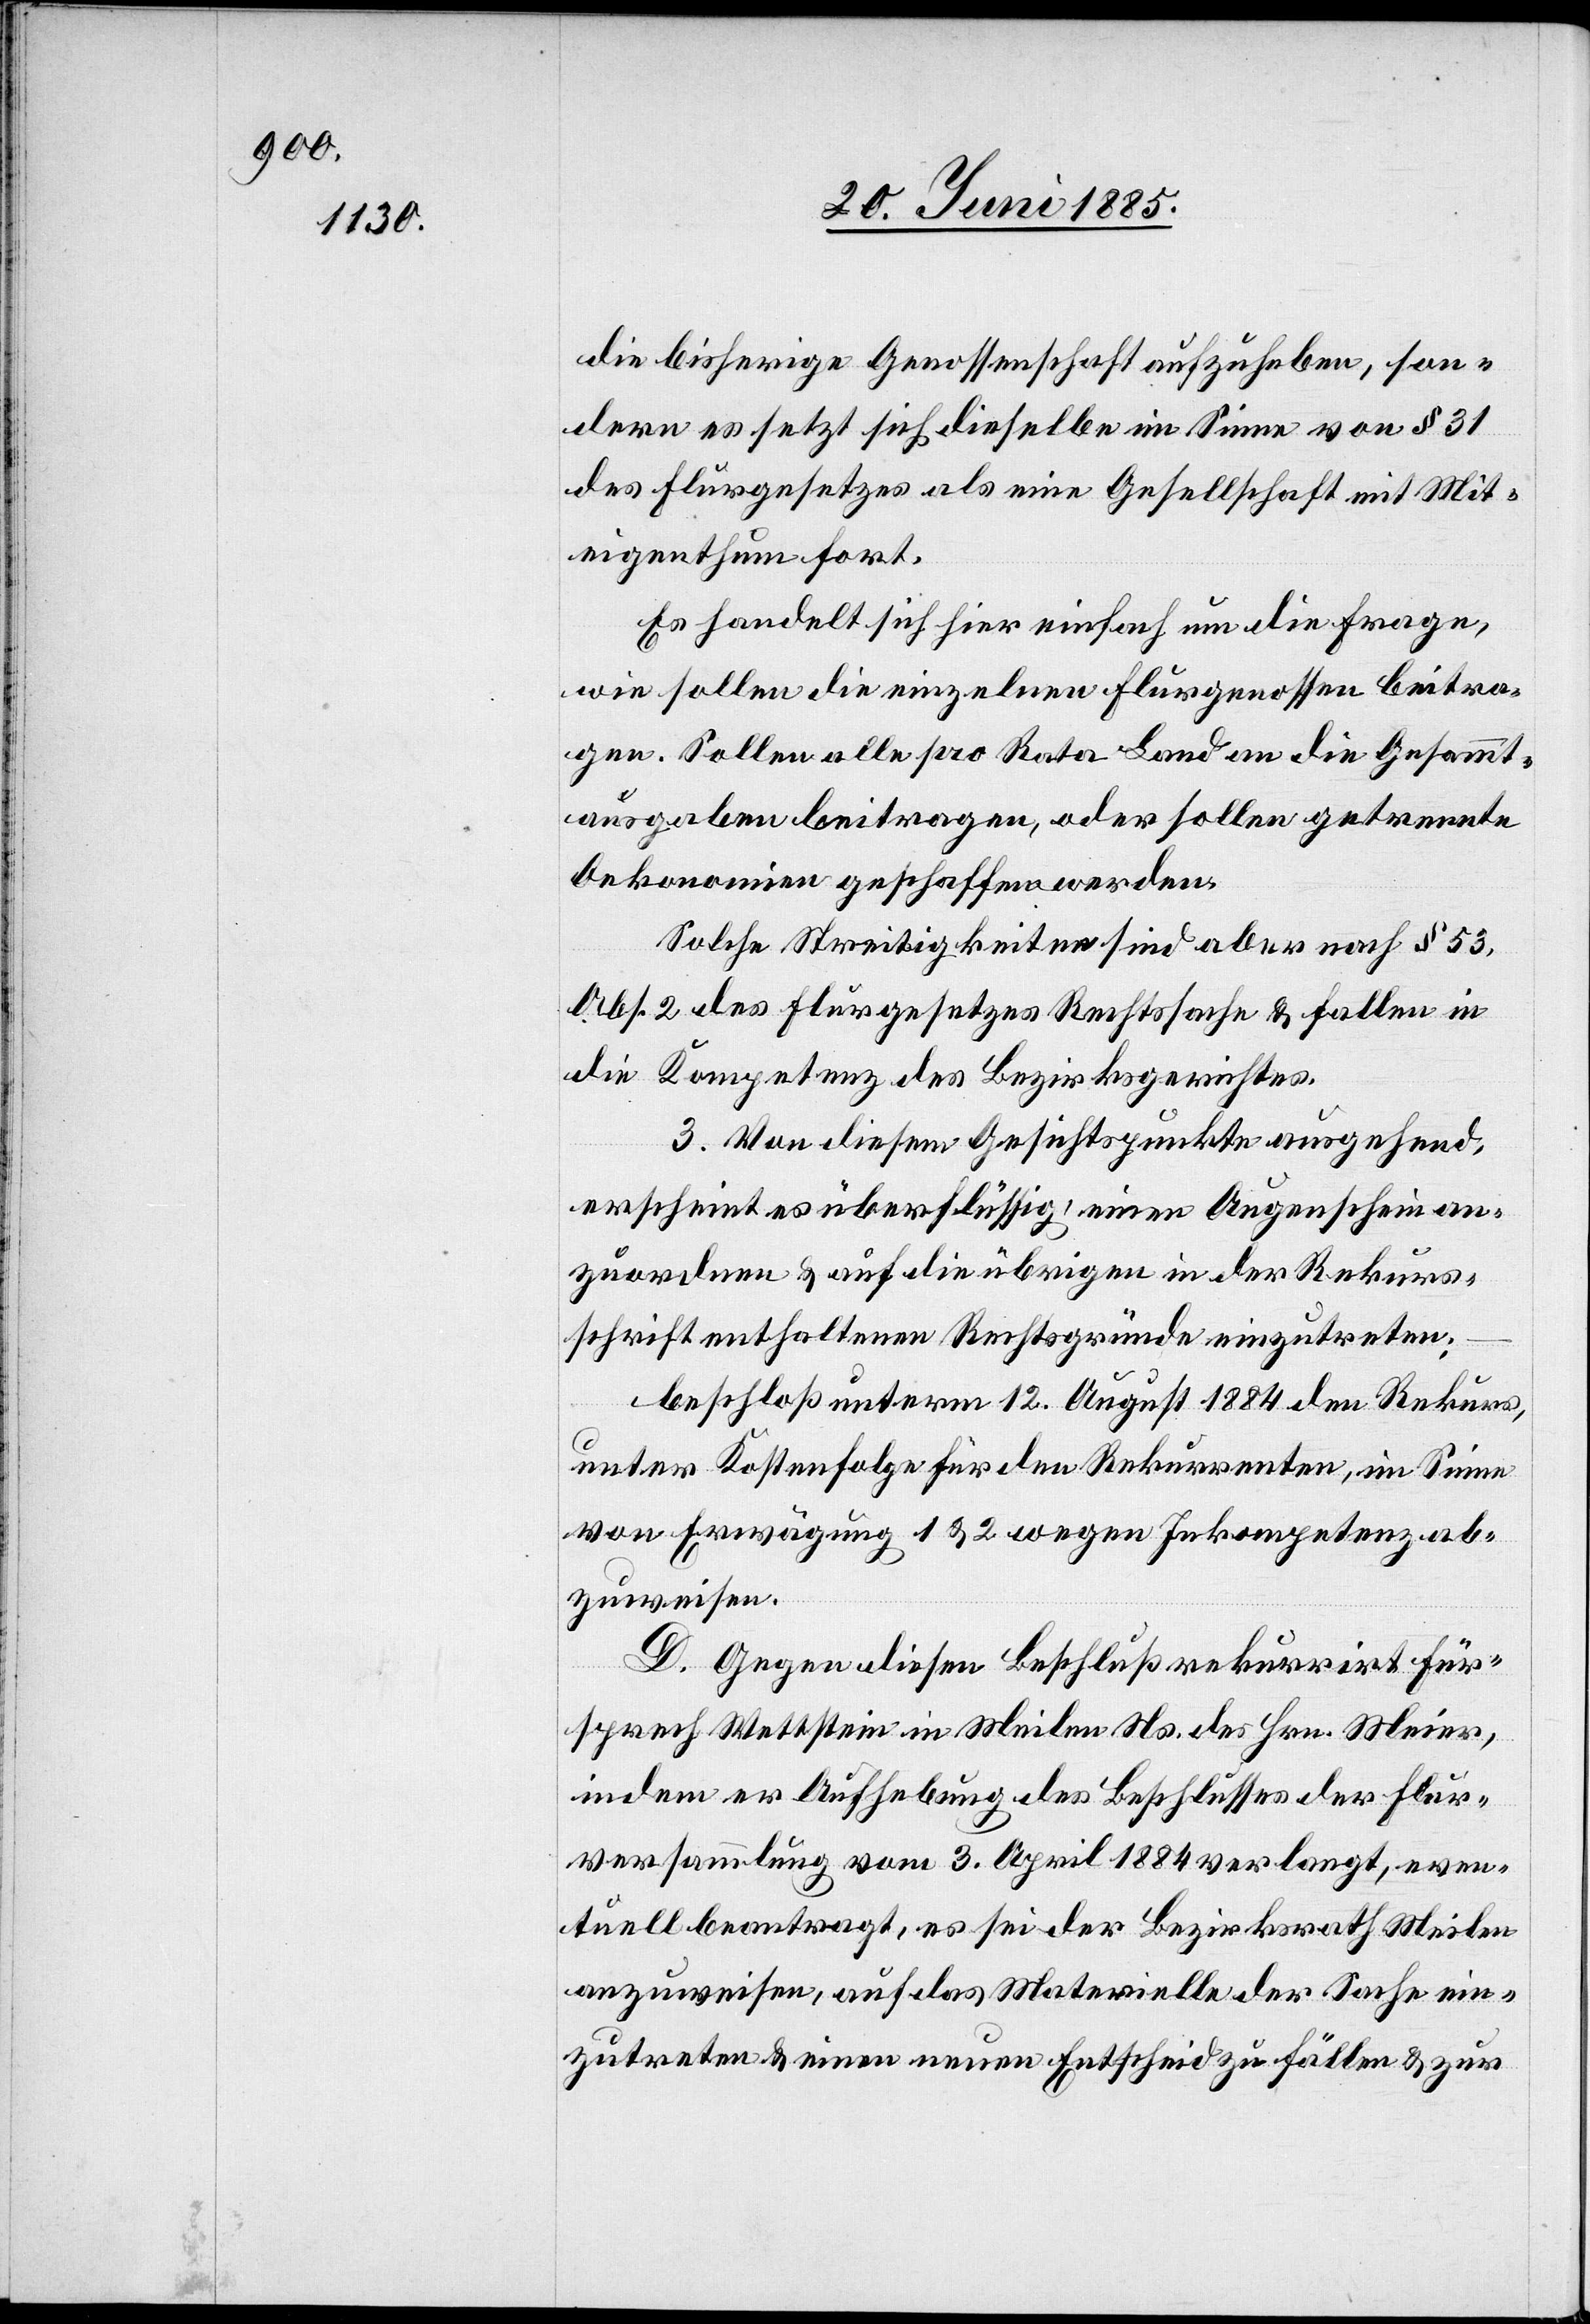
die bisherige Genossenschaft aufzuheben, son¬
dern es setzt sich dieselbe im Sinne von § 31
des Flurgesetzes als eine Gesellschaft mit Mit¬
eigenthum fort.
Es handelt sich hier einfach um die Frage,
wie sollen die einzelnen Flurgenossen beitra¬
gen. Sollen alle pro Rata Land an die Gesammt¬
ausgaben beitragen, oder sollen getrennte
Oekonomien geschaffen werden.
Solche Streitigkeiten sind aber nach § 53
Abs. 2 des Flurgesetzes Rechtssache & fallen in
die Kompetenz des Bezirksgerichtes.
3. Von diesem Gesichtspunkte ausgehend,
erscheint es überflüssig, einen Augenschein an¬
zuordnen & auf die übrigen in der Rekurs¬
schrift enthaltenen Rechtsgründe einzutreten;
beschloß unterm 12. August 1884 den Rekurs,
unter Kostenfolge für den Rekurrenten, im Sinne
von Erwägung 1 & 2 wegen Inkompetenz ab¬
zuweisen.
D. Gegen diesen Beschluß rekurrirt Für¬
sprech Wettstein in Meilen Ns. des Hrn. Meier,
indem er Aufhebung des Beschlusses der Flur¬
versammlung vom 3. April 1884 verlangt, even¬
tuell beantragt, es sei der Bezirksrath Meilen
anzuweisen, auf das Materielle der Sache ein¬
zutreten & einen neuen Entscheid zu fällen & zur